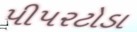
પીપરટોડા